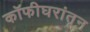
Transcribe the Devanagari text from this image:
कॉफीघरांतून